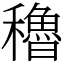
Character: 穭